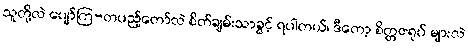
သူတို့လဲ ပျော်ကြ-တပည့်တော်လဲ စိတ်ချမ်းသာခွင့် ရပါတယ်၊ ဒီတော့ စိတ္တဇရုပ် များလဲ